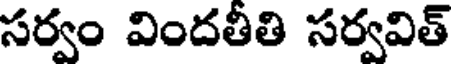
సర్వం విందతీతి సర్వవిత్